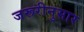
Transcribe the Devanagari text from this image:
जरूरीनुसार